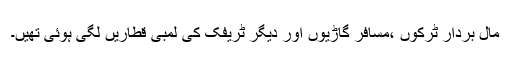
مال بردار ٹرکوں ،مسافر گاڑیوں اور دیگر ٹریفک کی لمبی قطاریں لگی ہوئی تھیں۔